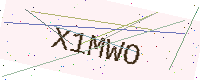
Text: X1MWO